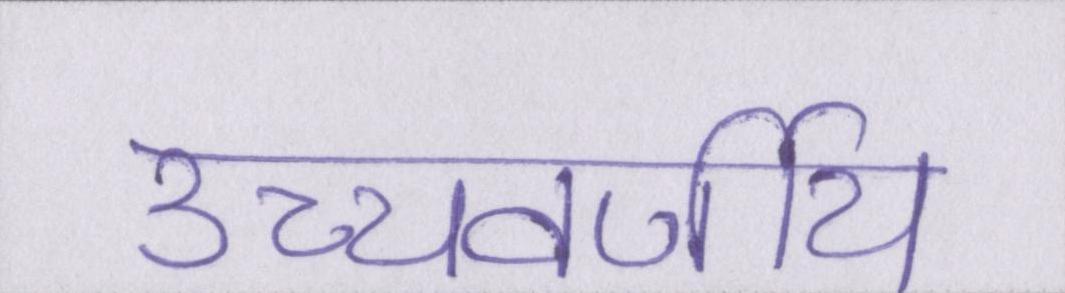
उच्चवर्णीय